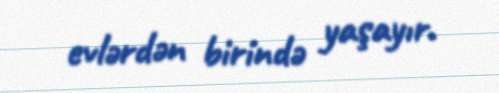
evlərdən birində yaşayır.